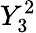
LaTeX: Y_{3}^{2}